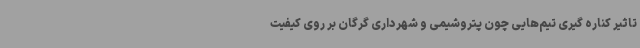
تاثیر کناره گیری تیم‌هایی چون پتروشیمی و شهرداری گرگان بر روی کیفیت